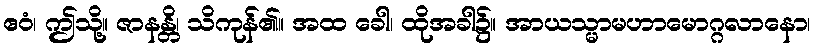
ဧဝံ၊ ဤသို့။ ဇာနန္တိ၊ သိကုန်၏။ အထ ခေါ၊ ထိုအခါ၌။ အာယသ္မာမဟာမောဂ္ဂလာနော၊